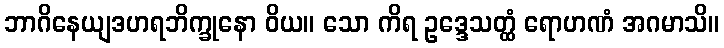
ဘာဂိနေယျဒဟရဘိက္ခုနော ဝိယ။ သော ကိရ ဥဒ္ဒေသတ္ထံ ရောဟဏံ အဂမာသိ။